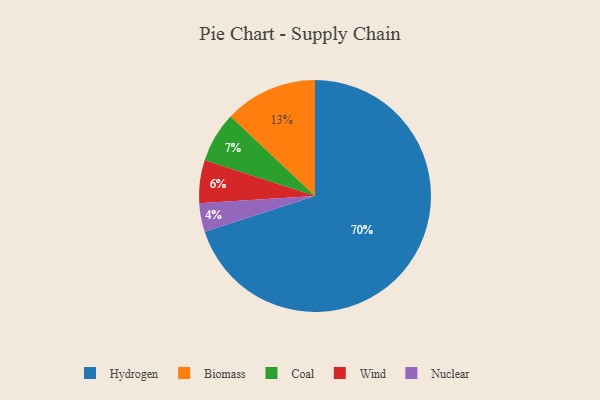
{"axis": {"x": "Category", "y": "Percentage"}, "legend": ["Biomass", "Coal", "Hydrogen", "Nuclear", "Wind"], "data": [{"x": "Nuclear", "y": 4, "type": "Nuclear"}, {"x": "Biomass", "y": 13, "type": "Biomass"}, {"x": "Coal", "y": 7, "type": "Coal"}, {"x": "Wind", "y": 6, "type": "Wind"}, {"x": "Hydrogen", "y": 70, "type": "Hydrogen"}]}